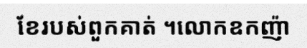
ខែរបស់ពួកគាត់ ។លោកឧកញ៉ា